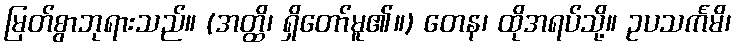
မြတ်စွာဘုရားသည်။ (အတ္ထိ၊ ရှိတော်မူ၏။) တေန၊ ထိုအရပ်သို့။ ဥပသင်္ကမိ၊